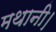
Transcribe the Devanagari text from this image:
मथानी।